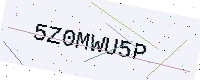
Text: 5Z0MWU5P